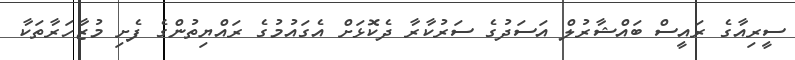
ސީރިއާގެ ރައީސް ބައްޝާރުލް އަސަދުގެ ސަރުކާރާ ދެކޮޅަށް އެގައުމުގެ ރައްޔިތުންގެ ފެށި މުޒާހަރާތަކާ